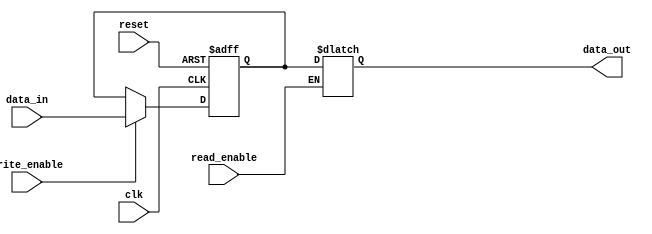
module nvram (
    input wire clk,
    input wire reset,
    input wire write_enable,
    input wire read_enable,
    input wire [7:0] data_in,
    output reg [7:0] data_out
);

// Flip-flops for storing the data
reg [7:0] data;
reg [7:0] memory[0:255]; // Non-volatile memory cells

always @(posedge clk or posedge reset) begin
    if (reset) begin
        data <= 8'b0;
    end else begin
        if (write_enable) begin
            data <= data_in;
        end
    end
end

// Control logic for reading and writing the data
always @(*) begin
    if (read_enable) begin
        data_out = data;
    end
end

// Managing the non-volatile memory cells
always @(posedge clk) begin
    if (write_enable) begin
        memory[data] <= data_in;
    end
end

// Error detection and correction circuitry (not implemented in this example)

endmodule